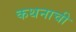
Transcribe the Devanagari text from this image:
कथनाची